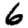
Digit: 6